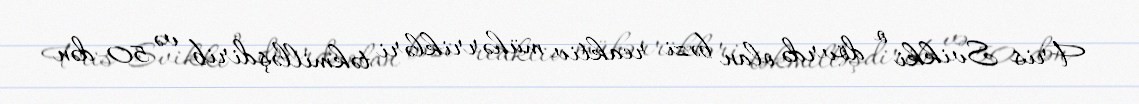
Fris Svikki o dövrdə olan bəzi reaktiv mühərrikləri təkmilləşdirib və 50-dən